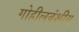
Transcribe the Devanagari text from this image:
गोहीलवंशीय